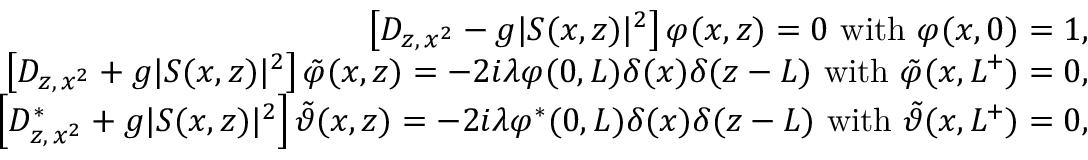
\begin{array} { r l r } & { } & { \left\lbrack D _ { z , \, x ^ { 2 } } - g \vert S ( x , z ) \vert ^ { 2 } \right\rbrack \varphi ( x , z ) = 0 \ \mathrm { w i t h } \ \varphi ( x , 0 ) = 1 , } \\ & { } & { \left\lbrack D _ { z , \, x ^ { 2 } } + g \vert S ( x , z ) \vert ^ { 2 } \right\rbrack \tilde { \varphi } ( x , z ) = - 2 i \lambda \varphi ( 0 , L ) \delta ( x ) \delta ( z - L ) \ \mathrm { w i t h } \ \tilde { \varphi } ( x , L ^ { + } ) = 0 , } \\ & { } & { \left\lbrack D _ { z , \, x ^ { 2 } } ^ { \ast } + g \vert S ( x , z ) \vert ^ { 2 } \right\rbrack \tilde { \vartheta } ( x , z ) = - 2 i \lambda \varphi ^ { \ast } ( 0 , L ) \delta ( x ) \delta ( z - L ) \ \mathrm { w i t h } \ \tilde { \vartheta } ( x , L ^ { + } ) = 0 , } \end{array}